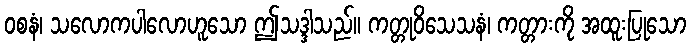
ဝစနံ၊ သလောကပါလောဟူသော ဤသဒ္ဒါသည်။ ကတ္တုဝိသေသနံ၊ ကတ္တားကို အထူးပြုသော